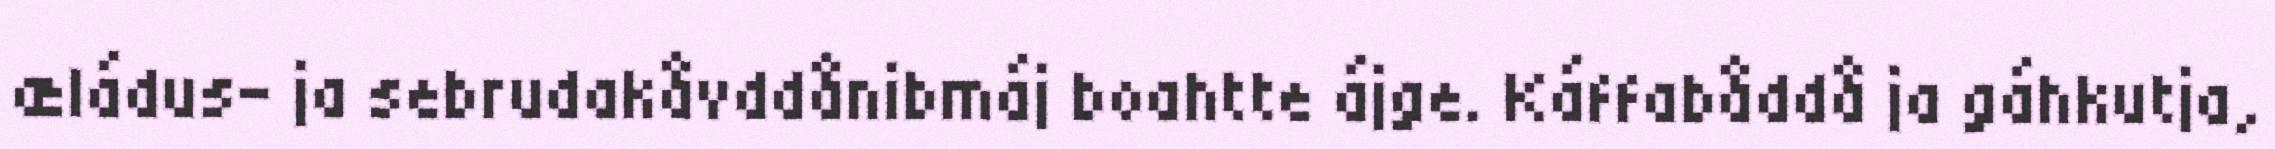
æládus- ja sebrudakåvddånibmáj boahtte ájge. Káffabåddå ja gáhkutja,